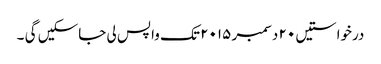
درخواستیں ٢٠ دسمبر ٢٠١٥ تک واپس لی جاسکیں گی ۔